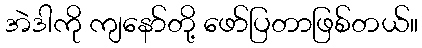
အဲဒါကို ကျနော်တို့ ဖော်ပြတာဖြစ်တယ်။